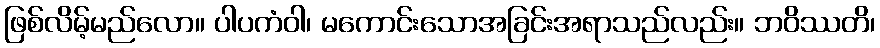
ဖြစ်လိမ့်မည်လော။ ပါပကံဝါ၊ မကောင်းသောအခြင်းအရာသည်လည်း။ ဘဝိဿတိ၊